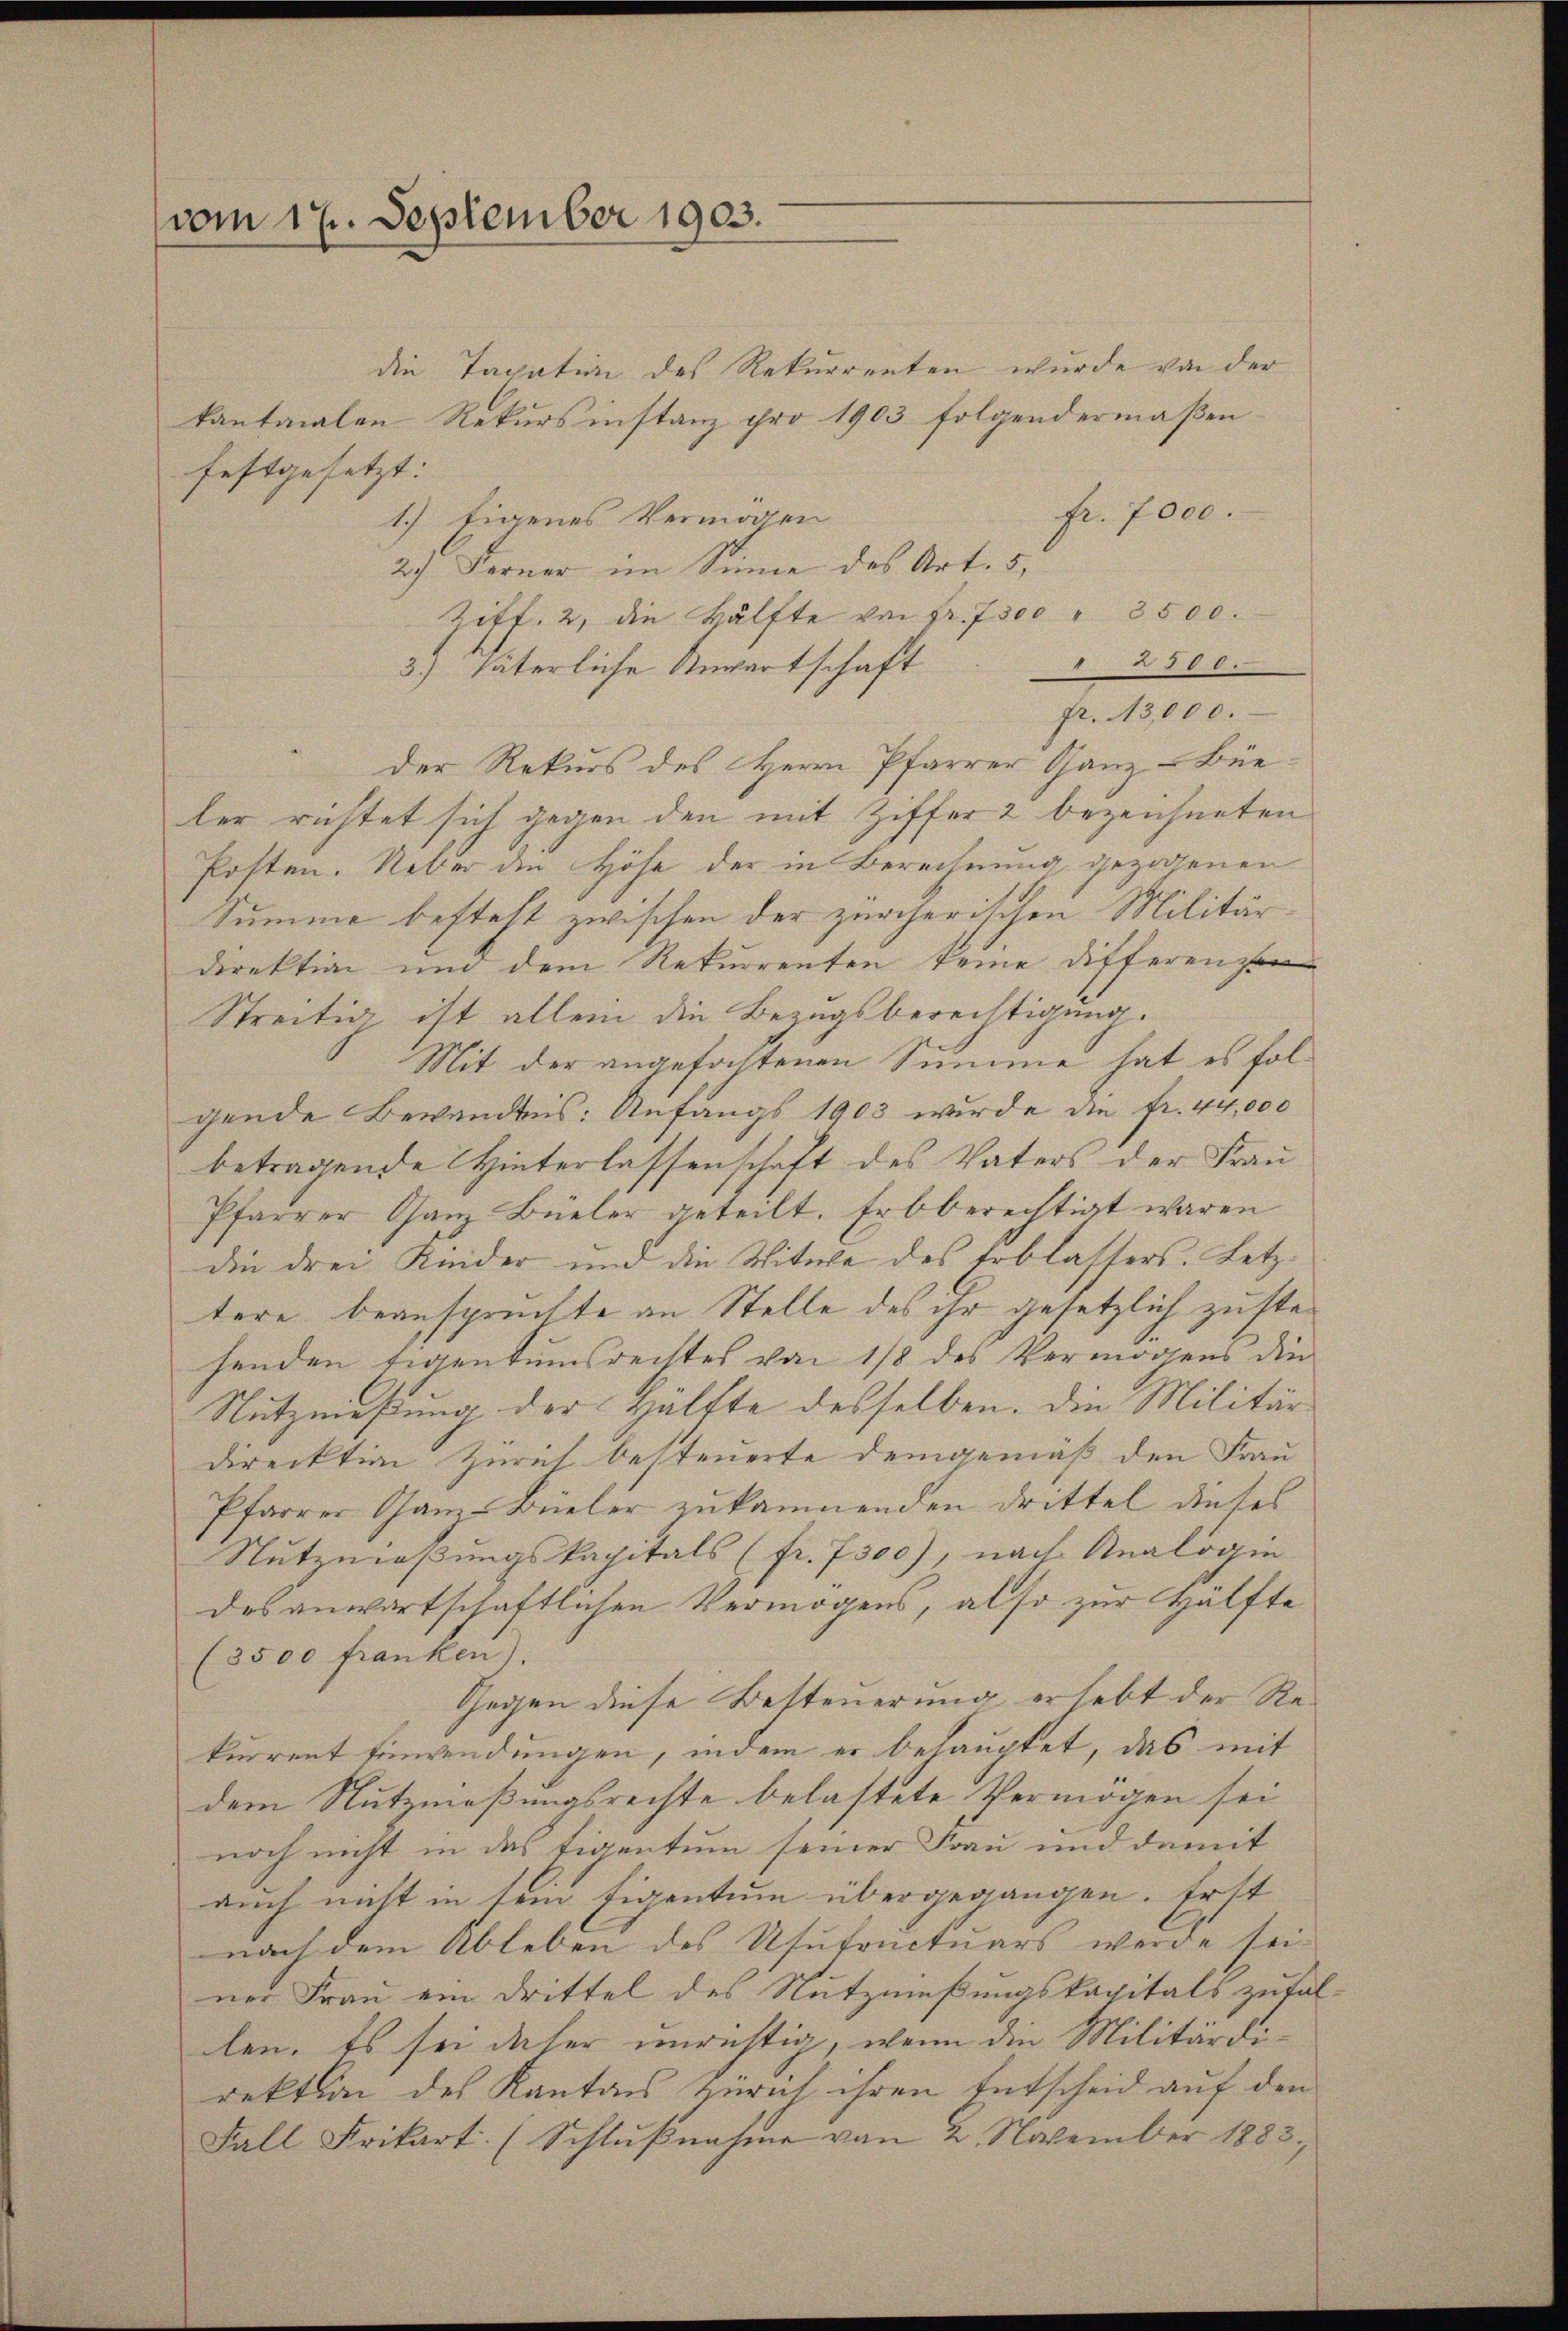
vom 17. September 1903.

die Taxation des Rekurrenten wurde von der
kantonalen Rekŭrsinstanz pro 1903 folgendermaβen
festgesetzt:
fr. 7000.
1.) Eigenes Vermögen
27. Ferner im Sinne des Art. 5,
Zitt. 2, die Hälfte von Fr. 7500 " 3500.
 288.
3.) Väterliche Anwertschaft
fr. 13,000.
der Rekurs des Herrn Pfarrer Ganz-Büe
ler richtet sich gegen den mit Ziffer 2 bezeichneten
Posten. Ueber die Höhe der in Berechnung gezogenen
Summe besteht zwischen der zürcherischen Militär
direktion und dem Rekurrenten keine Differenzen
Streitig ist allein die Bezugsberechtigung.
Mit der angefochtenen Summe hat es folgende Bewandtnis: Anfangs 1903 wurde die fr. 44,000
betragende Hinterlassenschaft des Vaters der Frau
Pfarrer Ganz Büeler geteilt. Erbberechtigt waren
die drei Kinder und die Witwe des Erblassers. Letztere beanspruchte an Stelle des ihr gesetzlich zustehenden Eigentumsrechtes von 1/8 des Vermögens die
Nutznießung der Hälfte desselben. Die Militär
direktion Zürich besteuerte demgemäß den Frau
Pfarrer Ganz-Büeler zukämmenden drittel dieses
Nutzmaßungskapitals (fr. 7300), nach Analogie
des anwartschaftlichen Vermögens, also zur Hälfte
(3500 franken).
Gegen diese Besteuerung erlebt der Rekurrent Einwendungen, indem er behauptet, das mit
dem Nutznießungsrechte belastete Vermögen sei
noch nicht in das Eigentum seiner Frau und damit
auch nicht in sein Eigentum übergegangen. Erst
nach dem Ableben des Usufructuars werde sei.
ner Frau ein Drittel des Nutzmeßungskapitals zufal-
len. Es sei daher unrichtig, wenn die Militärdirektion des Kantons Zürich ihren Entscheid auf den
Fall Frikart. (Schlŭβnahme von 2 November 1883,